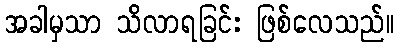
အခါမှသာ သိလာရခြင်း ဖြစ်လေသည်။